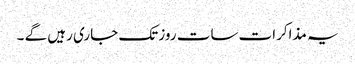
یہ مذاکرات سات روز تک جاری رہیں گے ۔